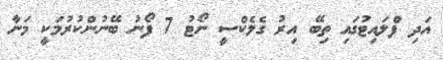
އަދި ފްލައިޓުގައި ތިބޭ އިރު ގެލެކްސީ ނޯޓު 7 ފޯނު ބޭނުންކުރުމަކީ މަނާ